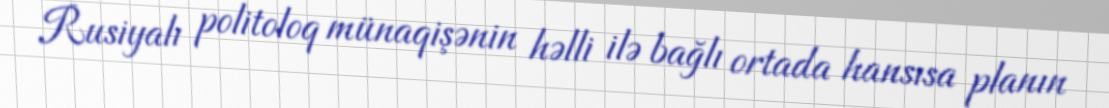
Rusiyalı politoloq münaqişənin həlli ilə bağlı ortada hansısa planın